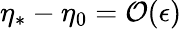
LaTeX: \eta_{*}-\eta_{0}=\mathcal{O}(\epsilon)